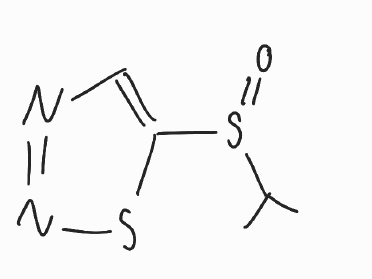
Simplified molecular-input line-entry system (SMILES) notation of the given molecule:
CC(C)S(=O)C1=CN=NS1